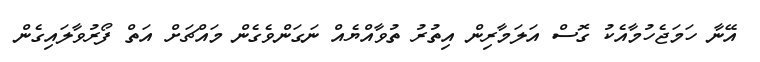
އޭނާ ހަމަޖެހުމާއެކު ގޮސް އަލަމާރިން އިތުރު ތުވާއްޔެއް ނަގަންވެގެން މައްޗަށް އަތް ފޯރުވާލައިގެން